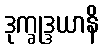
ဒုက္ခုဒ္ဒယာနိ